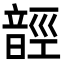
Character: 䪫